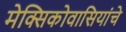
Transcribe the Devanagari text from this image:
मेक्सिकोवासियांचे